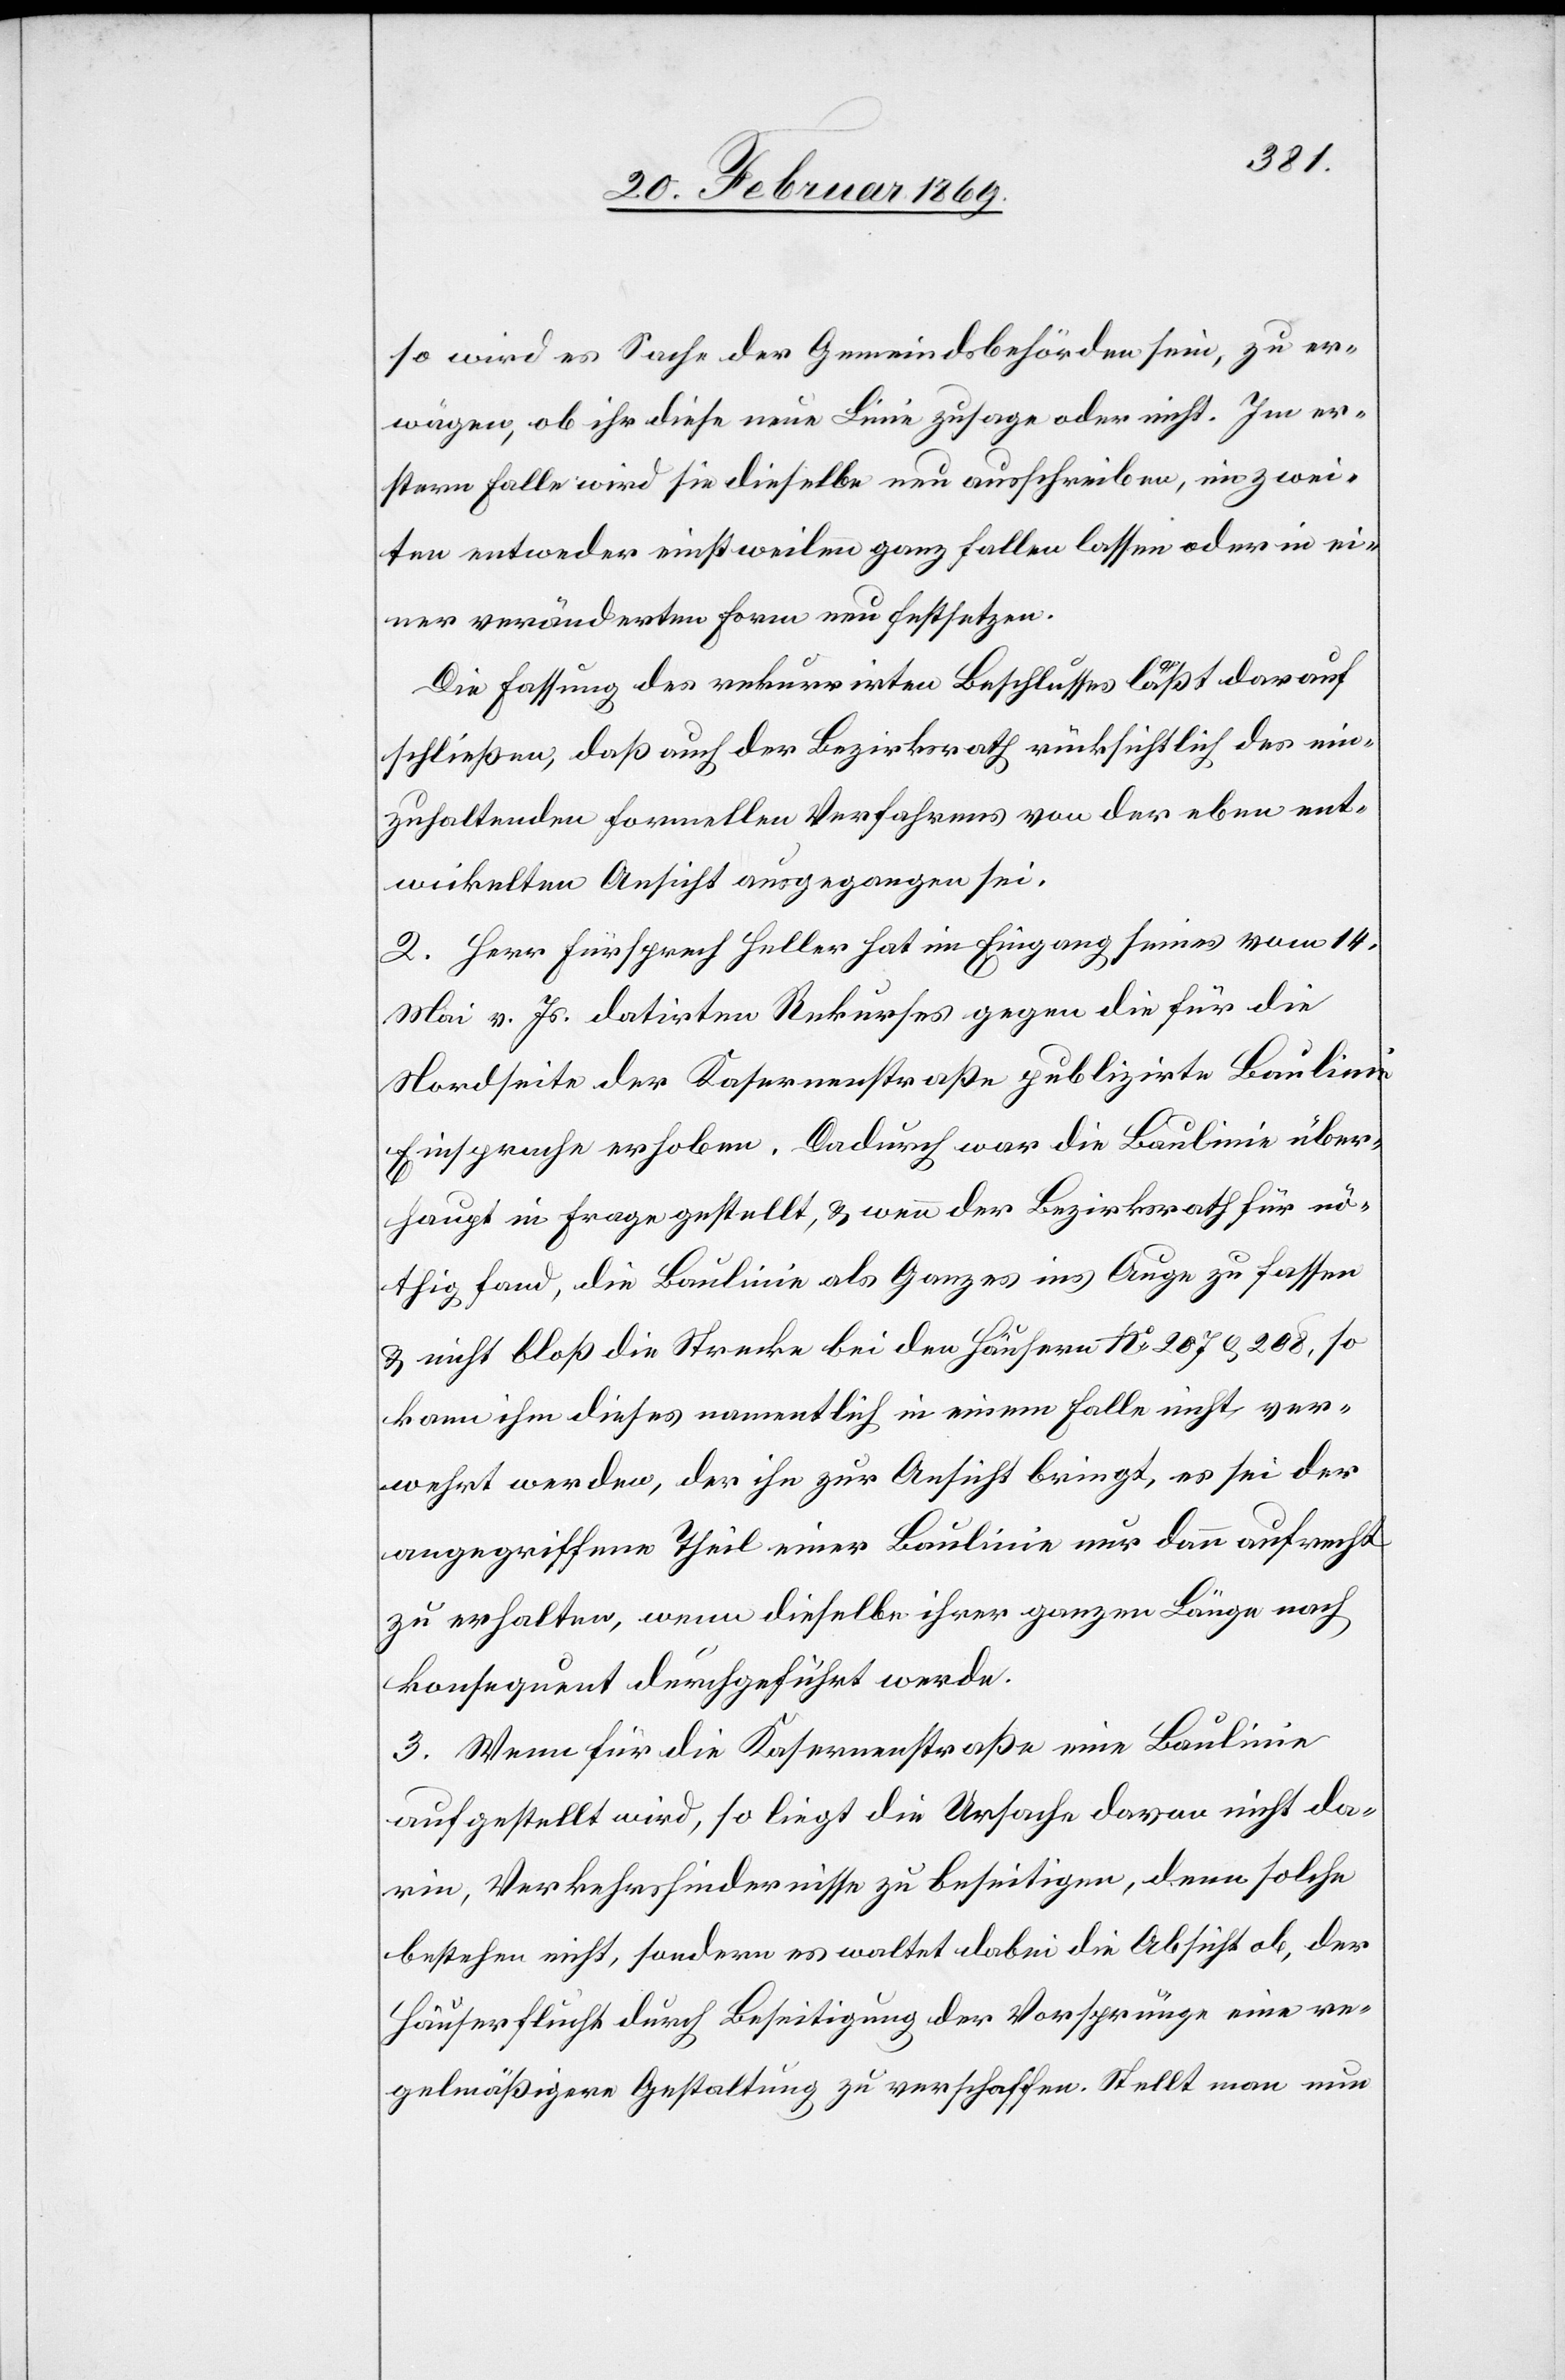
so wird es Sache der Gemeindsbehörden sein, zu er¬
wägen, ob ihr diese neue Linie zusage oder nicht. Im er¬
stern Falle wird sie dieselbe neu ausschreiben, im zwei¬
ten entweder einstweilen ganz fallen lassen oder in ei¬
ner veränderten Form neu festsetzen.
Die Fassung des rekurrirten Beschlusses läßt darauf
schließen, daß auch der Bezirksrath rücksichtlich des ein¬
zuhaltenden formellen Verfahrens von der eben ent¬
wickelten Ansicht ausgegangen sei.
2. Herr Fürsprech Heller hat im Eingang seines vom 14.
Mai v. Js. datirten Rekurses gegen die für die
Nordseite der Kasernenstraße publizirte Baulinie
Einsprache erhoben. Dadurch war die Baulinie über¬
haupt in Frage gestellt, & wenn der Bezirksrath für nö¬
thig fand, die Baulinie als Ganzes ins Auge zu fassen
& nicht bloß die Strecke bei den Häusern N 207 & 208, so
kann ihm dieses namentlich in einem Falle nicht ver¬
wehrt werden, der ihn zur Ansicht bringt, es sei der
angegriffene Theil einer Baulinie nur dann aufrecht
zu erhalten, wenn dieselbe ihrer ganzen Länge nach
konsequent durchgeführt werde.
3. Wenn für die Kasernenstraße eine Baulinie
aufgestellt wird, so liegt die Ursache daran nicht da¬
rin, Verkehrshindernisse zu beseitigen, denn solche
bestehen nicht, sondern es waltet dabei die Absicht ob, der
Häuserflucht durch Beseitigung der Vorsprünge eine re¬
gelmäßige Gestaltung zu verschaffen. Stellt man nun